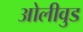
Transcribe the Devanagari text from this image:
ओलीवुड